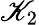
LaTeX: \mathscr{K}_{2}